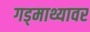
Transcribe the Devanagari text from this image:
गड्माथ्यावर